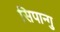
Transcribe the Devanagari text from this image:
सिपान्गु